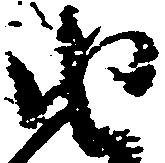
由